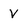
Character: V